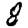
Digit: 8